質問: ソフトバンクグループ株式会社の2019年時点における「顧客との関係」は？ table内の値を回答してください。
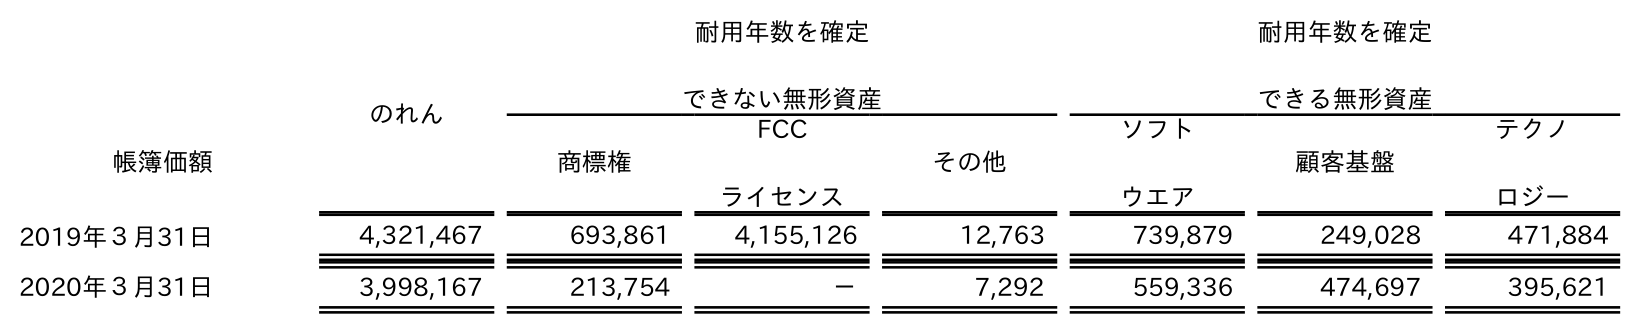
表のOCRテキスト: のれん 耐用年数を確定 できない無形資産 耐用年数を確定 できる無形資産 帳簿価額 商標権 FCC ライセンス その他 ソフト ウエア 顧客基盤 テクノ ロジー 2019年３月31日 4,321,467 693,861 4,155,126 12,763 739,879 249,028 471,884 2020年３月31日 3,998,167 213,754 － 7,292 559,336 474,697 395,621
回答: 249,028